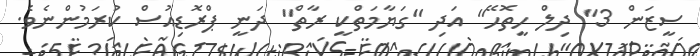
ސީޒަން 3" ދިލް ހީތޮހޭ" އަދި "ގަޔާމަތްކީ ރާތް" ދަނީ ޕްރޮޑިއުސް ކުރަމުންނެވެ.